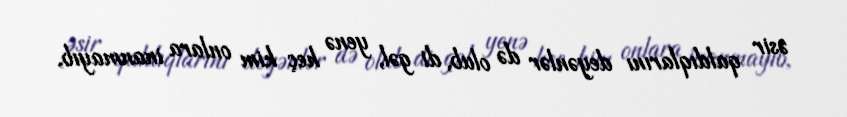
əsir qaldıqlarını deyənlər də olub, di gəl, yenə heç kim onlara inanmayıb,